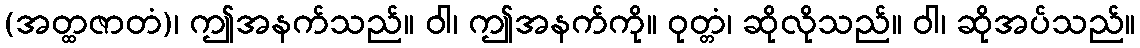
(အတ္ထဇာတံ)၊ ဤအနက်သည်။ ဝါ၊ ဤအနက်ကို။ ဝုတ္တံ၊ ဆိုလိုသည်။ ဝါ၊ ဆိုအပ်သည်။